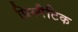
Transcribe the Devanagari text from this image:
प्रिस्मैटिक